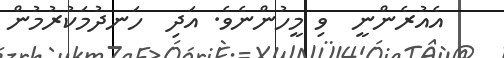
އެއުރެންނީ  ވި މީހުންނެވެ. އަދި  ހަނދުމަކުރުމުން